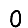
Digit: 0